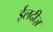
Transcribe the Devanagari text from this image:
ईलदीज़